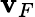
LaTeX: \mathbf{v}_{F}